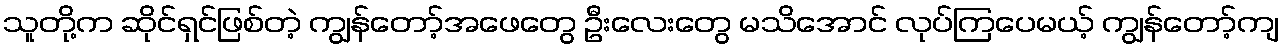
သူတို့က ဆိုင်ရှင်ဖြစ်တဲ့ ကျွန်တော့်အဖေတွေ ဦးလေးတွေ မသိအောင် လုပ်ကြပေမယ့် ကျွန်တော့်ကျ